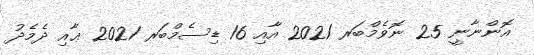
އޮންނާނީ 25 ނޮވެމްބަރ 2021 އާއި 16 ޑިސެމްބަރ 2021 ޢާއި ދެމެދު